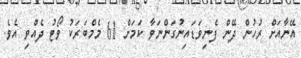
އޭނާއަށް ރުހުން ދޭން ފެނިވަޑައިނުގަންނަވާ ކަމަށް 61 މެމްބަރަކު ވޯޓު ދެއްވި އެވެ.